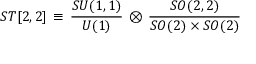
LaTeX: { \cal S T } [ 2 , 2 ] \, \equiv \, \frac { S U ( 1 , 1 ) } { U ( 1 ) } \, \otimes \, \frac { S O ( 2 , 2 ) } { S O ( 2 ) \times S O ( 2 ) }